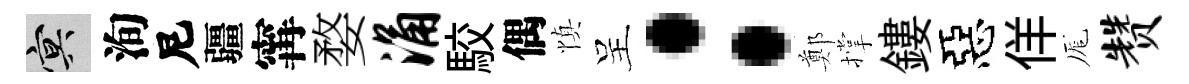
冥洵尼疆𡩋婺涌駮偶慎呈：鄭撑鏤惡佯厖赞